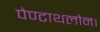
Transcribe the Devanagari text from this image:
पेण्टाथलोन।